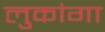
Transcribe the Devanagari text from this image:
लुकांगा